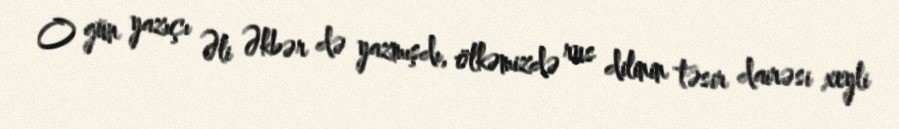
O gün yazıçı Əli Əkbər də yazmışdı, ölkəmizdə rus dilinin təsir dairəsi xeyli